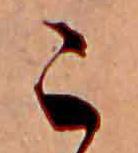
こ